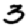
Digit: 3